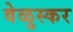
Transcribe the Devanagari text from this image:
वेळुस्कर